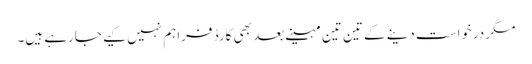
مگر درخواست دینے کے تین تین مہینے بعد بھی کارڈ فراہم نہیں کیے جارہے ہیں۔